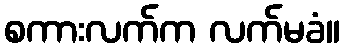
စကားလက်က လက်မခံ။